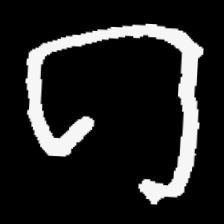
Pyu character \u2014 Myanmar letter: ဂ (romanized: ga)